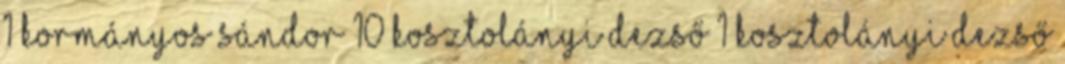
1 Kormányos Sándor 10 Kosztolányi Dezső 1 Kosztolányi Dezső